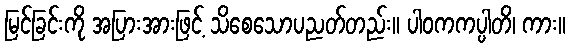
မြင်ခြင်းကို အပြားအားဖြင့် သိစေသောပညတ်တည်း။ ပါဝကကပ္ပါတိ၊ ကား။